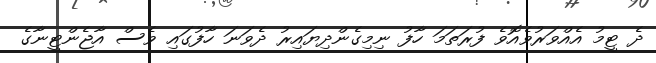
ދެ ޓީމު އެއްވަރުވެއޮވެ ފުރަތަމަ ހާފު ނިމިގެންދިޔައިރު ދެވަނަ ހާފުގައި ވެސް އާޖެންޓީނާގެ